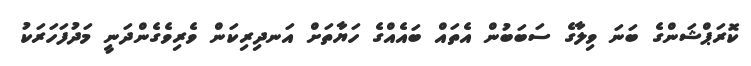
ކޮރަޕްޝަންގެ ބަނަ ވިލާގެ ސަބަބުން އެތައް ބައެއްގެ ހަޔާތަށް އަނދިރިކަން ވެރިވެގެންދަނީ މަދުފަހަރަކު